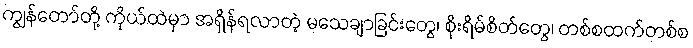
ကျွန်တော်တို့ ကိုယ်ထဲမှာ အရှိန်ရလာတဲ့ မသေချာခြင်းတွေ၊ စိုးရိမ်စိတ်တွေ၊ တစ်စထက်တစ်စ